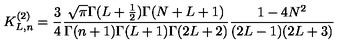
K _ { L , n } ^ { ( 2 ) } = \frac 3 4 \frac { \sqrt { \pi } \Gamma ( L + \frac 1 2 ) \Gamma ( N + L + 1 ) } { \Gamma ( n + 1 ) \Gamma ( L + 1 ) \Gamma ( 2 L + 2 ) } \frac { 1 - 4 N ^ { 2 } } { ( 2 L - 1 ) ( 2 L + 3 ) }